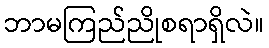
ဘာမကြည်ညိုစရာရှိလဲ။